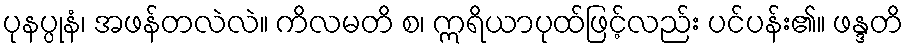
ပုနပ္ပုနံ၊ အဖန်တလဲလဲ။ ကိလမတိ စ၊ ဣရိယာပုထ်ဖြင့်လည်း ပင်ပန်း၏။ ဖန္ဒတိ